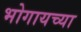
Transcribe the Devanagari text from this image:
भोगायच्या